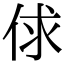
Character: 俅